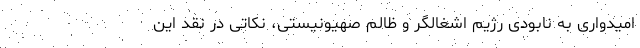
امیدواری به نابودی رژیم اشغالگر و ظالم صهیونیستی، نکاتی در نقد این